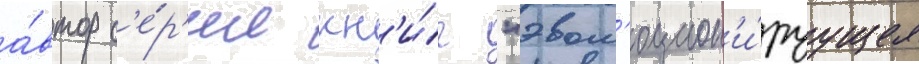
а́втор с'е́р'ии кн'и́г "эвол'юцион'и́руущее